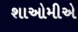
શાઓમીએ